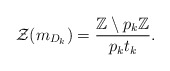
\begin{align*}\mathcal{Z}(m_{D_k})=\frac{\mathbb{Z}\setminus p_{k}\mathbb{Z}}{p_{k}t_{k}}.\end{align*}